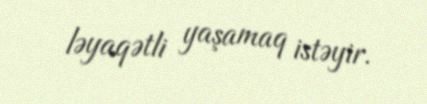
ləyaqətli yaşamaq istəyir.